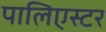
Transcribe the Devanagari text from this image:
पालिएस्टर